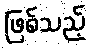
ဖြစ်သည့်